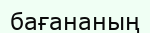
бағананың